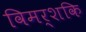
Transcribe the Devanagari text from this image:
विमर्शकि